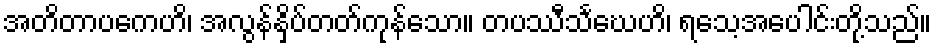
အတိတာပကေဟိ၊ အလွန်နှိပ်တတ်ကုန်သော။ တပဿီသင်္ဃေဟိ၊ ရသေ့အပေါင်းတို့သည်။